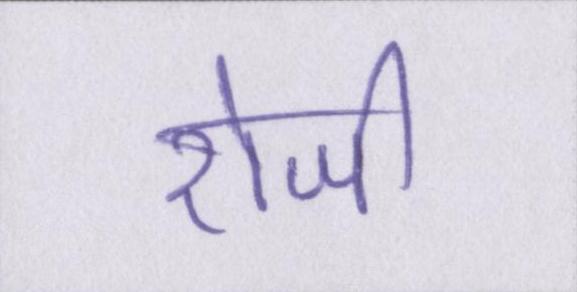
रोजी